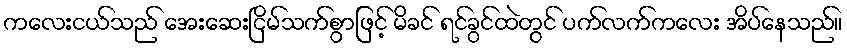
ကလေးငယ်သည် အေးဆေးငြိမ်သက်စွာဖြင့် မိခင် ရင်ခွင်ထဲတွင် ပက်လက်ကလေး အိပ်နေသည်။